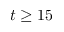
t \geq 1 5